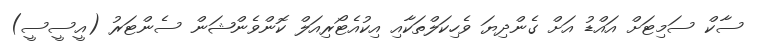
ސާކް ސަމިޓަށް އައްޑު އަށް ގެންދިޔަ ވެހިކަލްތަކާއި އިކުއެޓޯރިއަލް ކޮންވެންޝަން ސެންޓަރު (އީސީސީ)